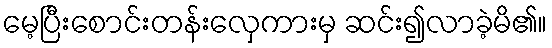
မေ့ပြီးစောင်းတန်းလှေကားမှ ဆင်း၍လာခဲ့မိ၏။